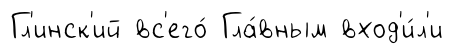
Гл'инск'ий вс'его́ Гла́вным вход'и́л'и